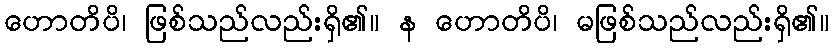
ဟောတိပိ၊ ဖြစ်သည်လည်းရှိ၏။ န ဟောတိပိ၊ မဖြစ်သည်လည်းရှိ၏။